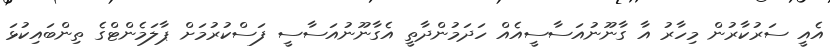
އެއީ ސަރުކާރުން މިހާރު އާ ގާނޫނުއަސާސީއެއް ހަދަމުންދާތީ އެގާނޫނުއަސާސީ ފަސްކުރުމަށް ޕާލަމެންޓްގެ ތިންބައިކުޅަ